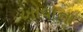
ખોવાના